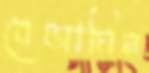
বেঞ্জামিন